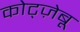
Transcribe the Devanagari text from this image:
कोट्ज़ेबू